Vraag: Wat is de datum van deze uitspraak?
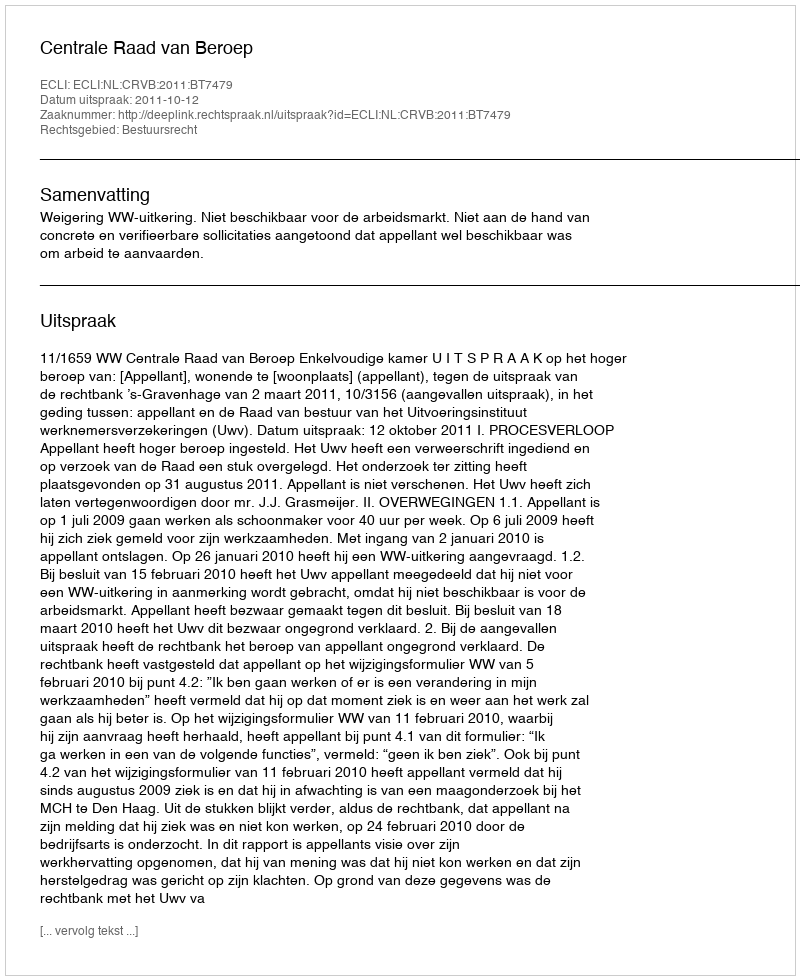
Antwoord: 2011-10-12